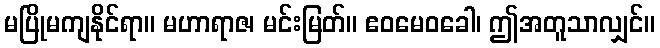
မပြိုမကျနိုင်ရာ။ မဟာရာဇ၊ မင်းမြတ်။ ဧဝမေဝခေါ၊ ဤအတူသာလျှင်။